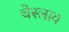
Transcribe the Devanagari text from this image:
चेस्लाव